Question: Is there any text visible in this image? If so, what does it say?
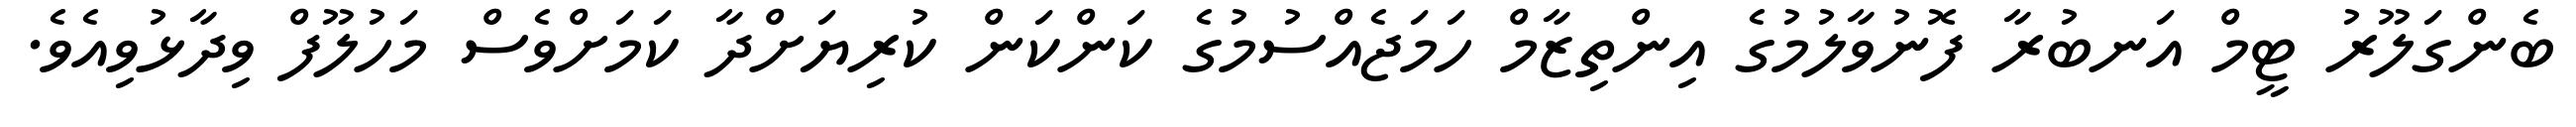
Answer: ބެންގަލޫރު ޓީމް އަނބުރާ ފޮނުވާލުމުގެ އިންތިޒާމް ހަމަޖެއްސުމުގެ ކަންކަން ކުރިޔަށްދާ ކަމަށްވެސް މަހުލޫފް ވިދާޅުވިއެވެ.